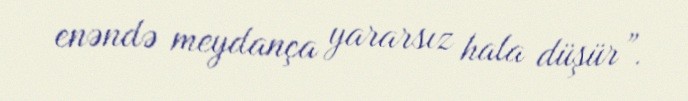
enəndə meydança yararsız hala düşür”.